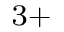
^ { 3 + }